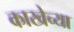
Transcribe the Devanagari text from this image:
काखेच्या